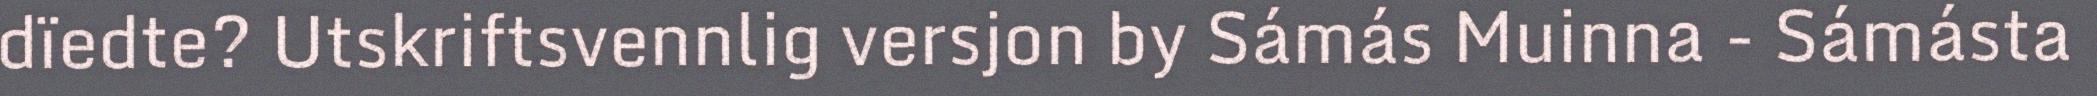
dïedte? Utskriftsvennlig versjon by Sámás Muinna - Sámásta